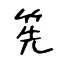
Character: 筅